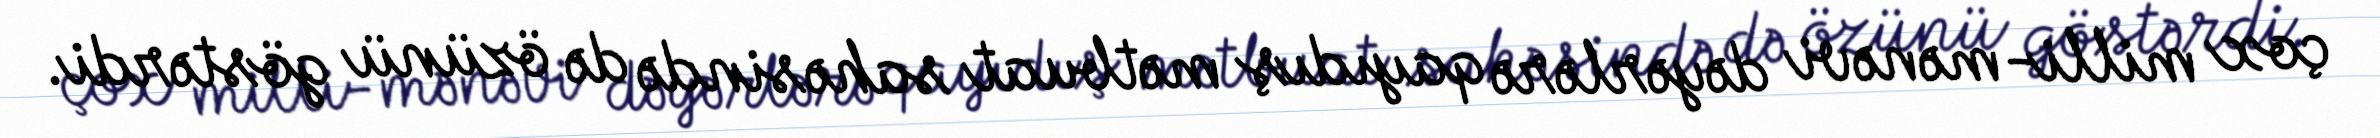
çox milli-mənəvi dəyərlərə qayıdış mətbuat sahəsində də özünü göstərdi.